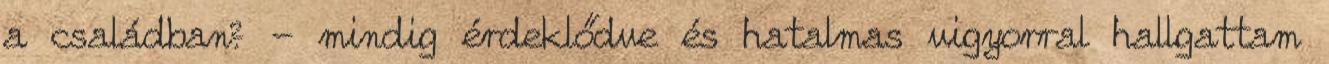
a családban? - mindig érdeklődve és hatalmas vigyorral hallgattam